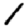
Digit: 1